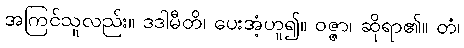
အကြင်သူလည်း။ ဒဒါမီတိ၊ ပေးအံ့ဟူ၍။ ဝဇ္ဇာ၊ ဆိုရာ၏။ တံ၊